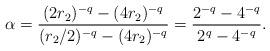
LaTeX: \begin{align*}\alpha = \frac{(2r_2)^{-q} - (4 r_2)^{-q}}{(r_2/2)^{-q} - (4 r_2)^{-q}} = \frac{2^{-q} - 4 ^{-q}}{2^{q} - 4^{-q}}. \end{align*}